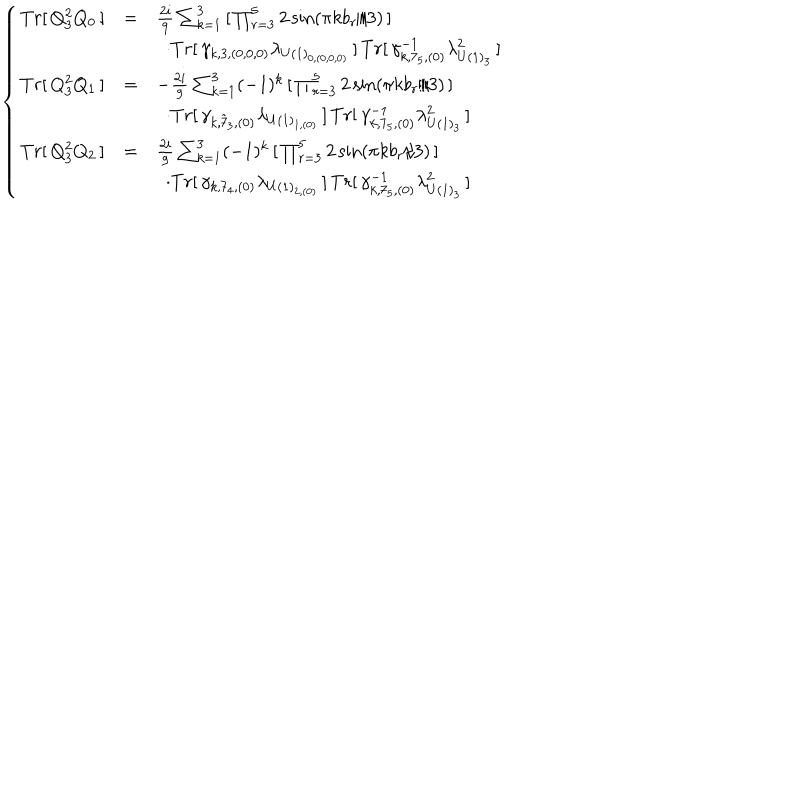
\left\{ \begin{array} { l l l } { { T r [ \, Q _ { 3 } ^ { 2 } Q _ { 0 } \, ] } } & { { = } } & { { \frac { 2 i } { 9 } \sum _ { k = 1 } ^ { 3 } \, [ \, \prod _ { r = 3 } ^ { 5 } 2 \sin ( { \pi k b _ { r } } / { 3 } ) \, ] \, } } \\ { { } } & { { } } & { { \, \, \, \cdot T r [ \, \gamma _ { k , 3 , ( 0 , 0 , 0 ) } \lambda _ { U ( 1 ) _ { 0 , ( 0 , 0 , 0 ) } } \, ] \, T r [ \, \gamma _ { k , 7 _ { 5 } , ( 0 ) } ^ { - 1 } \lambda _ { U ( 1 ) _ { 3 } } ^ { 2 } \, ] } } \\ { { T r [ \, Q _ { 3 } ^ { 2 } Q _ { 1 } \, ] } } & { { = } } & { { - \frac { 2 i } { 9 } \sum _ { k = 1 } ^ { 3 } ( - 1 ) ^ { k } \, [ \, \prod _ { r = 3 } ^ { 5 } 2 \sin ( { \pi k b _ { r } } / { 3 } ) \, ] \, } } \\ { { } } & { { } } & { { \, \, \, \cdot T r [ \, \gamma _ { k , { \tilde { 7 } } _ { 3 } , ( 0 ) } \lambda _ { U ( 1 ) _ { 1 , ( 0 ) } } \, ] \, T r [ \, \gamma _ { k , 7 _ { 5 } , ( 0 ) } ^ { - 1 } \lambda _ { U ( 1 ) _ { 3 } } ^ { 2 } \, ] } } \\ { { T r [ \, Q _ { 3 } ^ { 2 } Q _ { 2 } \, ] } } & { { = } } & { { \frac { 2 i } { 9 } \sum _ { k = 1 } ^ { 3 } ( - 1 ) ^ { k } \, [ \, \prod _ { r = 3 } ^ { 5 } 2 \sin ( { \pi k b _ { r } } / { 3 } ) \, ] \, } } \\ { { } } & { { } } & { { \, \, \, \cdot T r [ \, \gamma _ { k , 7 _ { 4 } , ( 0 ) } \lambda _ { U ( 1 ) _ { 2 , ( 0 ) } } \, ] \, T r [ \, \gamma _ { k , 7 _ { 5 } , ( 0 ) } ^ { - 1 } \lambda _ { U ( 1 ) _ { 3 } } ^ { 2 } \, ] } } \\ \end{array} \right.